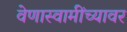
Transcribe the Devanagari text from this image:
वेणास्वामींच्यावर